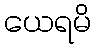
ယေရမိ